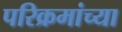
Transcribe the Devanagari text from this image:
परिक्रमांच्या